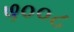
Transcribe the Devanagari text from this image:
५००८